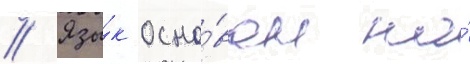
// Язы́к осно́ван на́